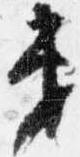
第